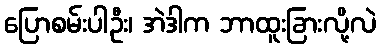
ပြောစမ်းပါဦး၊ အဲဒါက ဘာထူးခြားလို့လဲ